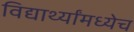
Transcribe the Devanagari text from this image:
विद्यार्थ्यांमध्येच